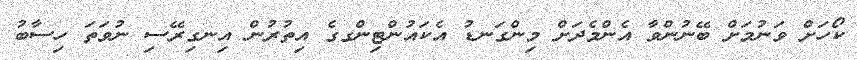
ކޯހަށް ވަނުމަށް ބޭނުންވާ އެންމެދަށް މިންގަނޑު އެކައުންޓިންގގެ އިތުރުން އިނގިރޭސި ނުވަތަ ހިސާބު